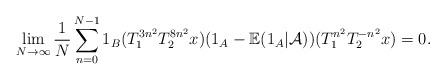
LaTeX: \begin{align*}\lim_{N\rightarrow \infty}\frac{1}{N}\sum_{n=0}^{N-1}1_B(T_{1}^{3n^2} T_{2}^{8n^2}x)(1_{A}-\mathbb{E}(1_A|\mathcal{A}))(T_{1}^{n^2} T_{2}^{-n^2}x)=0.\end{align*}